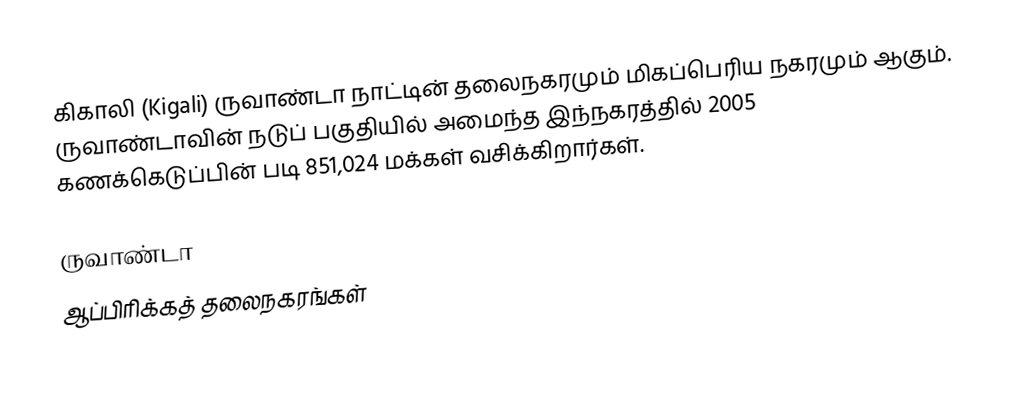
கிகாலி (Kigali) ருவாண்டா நாட்டின் தலைநகரமும் மிகப்பெரிய நகரமும் ஆகும். ருவாண்டாவின் நடுப் பகுதியில் அமைந்த இந்நகரத்தில் 2005 கணக்கெடுப்பின் படி 851,024 மக்கள் வசிக்கிறார்கள்.

ருவாண்டா
ஆப்பிரிக்கத் தலைநகரங்கள்